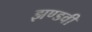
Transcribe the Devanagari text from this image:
झण्डवी